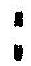
: